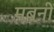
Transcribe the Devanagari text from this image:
मबनी